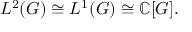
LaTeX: L ^ { 2 } ( G ) \cong L ^ { 1 } ( G ) \cong \mathbb { C } [ G ] .